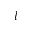
l